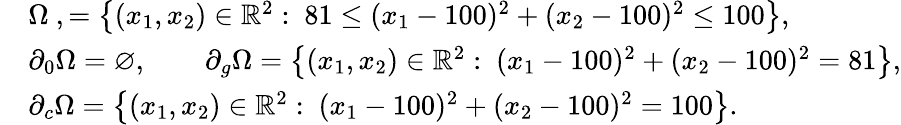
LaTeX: \begin{array}{rl}&{\Omega\ ,=\left\{ (x_{1},x_{2})\in\mathbb{R}^{2}:\ 81\leq(x_{1}-100)^{2}+(x_{2}-100)^{2}\leq 100\right\} ,}\\ &{\partial_{0}\Omega=\varnothing,\qquad\partial_{g}\Omega=\left\{ (x_{1},x_{2})\in\mathbb{R}^{2}:\ (x_{1}-100)^{2}+(x_{2}-100)^{2}=81\right\} ,}\\ &{\partial_{c}\Omega=\left\{ (x_{1},x_{2})\in\mathbb{R}^{2}:\ (x_{1}-100)^{2}+(x_{2}-100)^{2}=100\right\} .}\end{array}